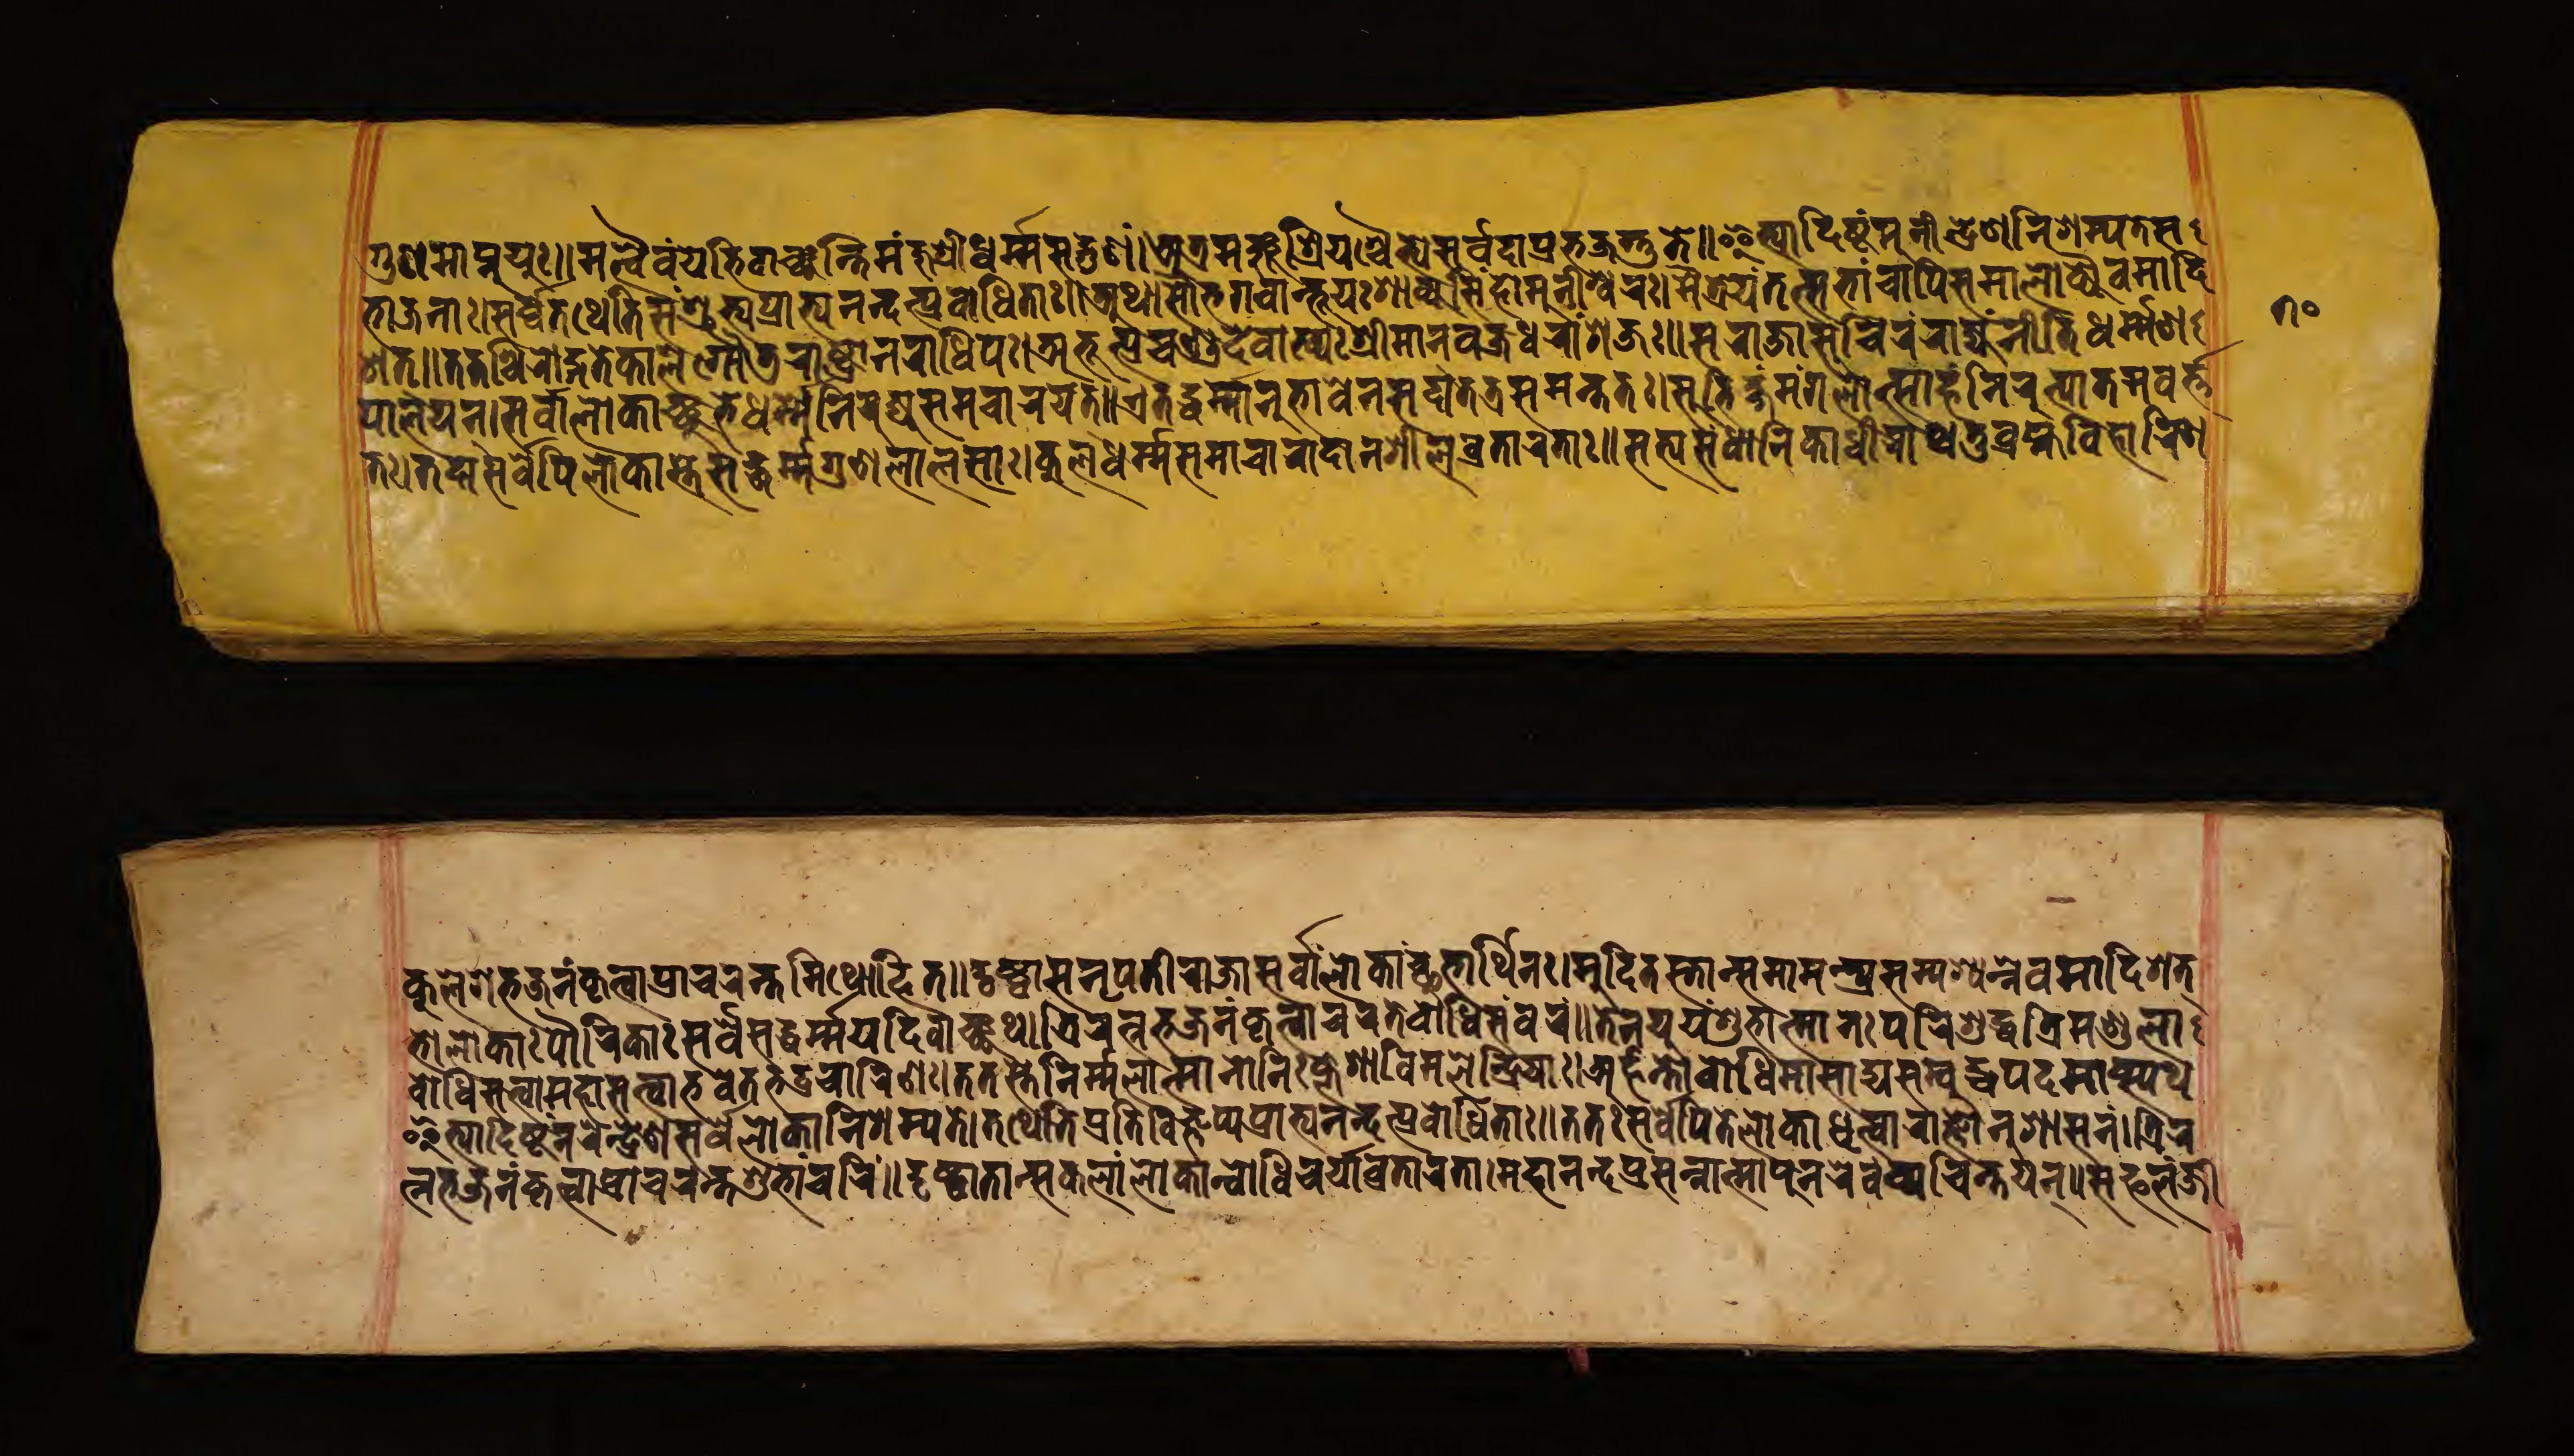
𑐨𑐵𑐖𑐣𑐵𑑅𑑋𑐳𑐬𑑂𑐰𑐾𑐟𑐠𑐾𑐟𑐶𑐱𑑂𑐬𑐸𑐟𑑂𑐰𑐥𑑂𑐬𑐵𑐟𑑂𑐫𑐣𑐣𑑂𑐡𑐟𑑂𑐥𑑂𑐬𑐰𑑀𑐢𑐶𑐟𑐵𑑅𑑌𑐀𑐠𑐵𑐳𑑁𑐨𑐐𑐰𑐵𑐣𑑂𑐨𑐹𑐫𑑅𑐱𑐵𑐎𑑂𑐫𑐳𑐶𑑄𑐴𑑀𑐩𑐸𑐣𑐷𑐱𑑂𑐰𑐬𑑅𑑋𑐩𑐿𑐟𑑂𑐬𑐾𑐫𑐳𑑂𑐟𑑄𑐳𑐨𑐵𑑄𑐔𑐵𑐥𑐶𑐳𑐩𑐵𑐮𑑀𑐎𑑂𑐫𑐿𑐰𑐩𑐵𑐡𑐶 𑐱𑐟𑑂𑑌𑐟𑐟𑐱𑑂𑐔𑐶𑐬𑐵𑐒𑑂𑐐𑐟𑐾𑐎𑐵𑐮𑐾𑐐𑑁𑐜𑐬𑐵𑐲𑑂𑐚𑑂𑐬𑐾𑐣𑐬𑐵𑐢𑐶𑐥𑑅𑑋𑐀𑐨𑐹𑐟𑑂𑐥𑑂𑐬𑐔𑐞𑑂𑐜𑐡𑐾𑐰𑐵𑐏𑑂𑐫𑑅𑐱𑑂𑐬𑐷𑐩𑐵𑐣𑑂𑐰𑐖𑑂𑐬𑐢𑐬𑐵𑑄𑐱𑐖𑑅𑑌𑐳𑐬𑐵𑐖𑐵𑐳𑐸𑐔𑐶𑐬𑑄𑐬𑐵𑐖𑑂𑐫𑑄𑐣𑐷𑐟𑐶𑐢𑐬𑑂𑐩𑑂𑐩𑐾𑐞 𑐥𑐵𑐮𑐫𑐣𑑂𑑋𑐳𑐬𑑂𑐰𑐵𑐮𑑂𑐮𑑀𑐎𑐵𑐘𑑂𑐕𑐸𑐨𑐾𑐢𑐬𑑂𑐩𑐾𑐣𑐶𑐫𑐸𑐖𑑂𑐫𑐳𑐩𑐔𑐵𑐬𑐫𑐟𑑂𑑌𑐊𑐟𑐡𑑂𑐢𑐬𑑂𑐩𑑂𑐩𑐵𑐣𑐸𑐨𑐵𑐰𑐾𑐣𑐳𑐡𑐵𑐟𑐟𑑂𑐬𑐳𑐩𑐣𑑂𑐟𑐟𑑅𑑋𑐳𑐸𑐨𑐶𑐎𑑂𑐲𑑄𑐩𑑄𑐐𑐮𑑀𑐟𑑂𑐳𑐵𑐴𑑄𑐣𑐶𑐬𑐸𑐟𑑂𑐥𑐵𑐟𑐣𑐰𑐬𑑂𑐎𑑂𑐟 𑐟𑑋𑐟𑐡𑐵𑐳𑐬𑑂𑐰𑐾𑐥𑐶𑐟𑐾𑐮𑑀𑐎𑐵𑑅𑐳𑐡𑑂𑐢𑐬𑑂𑐩𑐐𑐸𑐞𑐮𑐵𑐮𑐳𑐵𑑅𑑋𑐎𑐸𑐮𑐢𑐬𑑂𑐩𑐳𑐩𑐵𑐔𑐵𑐬𑐵𑐡𑐵𑐣𑐱𑐷𑐮𑐰𑑂𑐬𑐟𑐵𑐬𑐟𑐵𑑅𑑌𑐳𑐟𑑂𑐫𑐳𑑄𑐑𑐵𑐣𑐶𑐎𑐵𑐢𑐷𑐬𑐵𑐱𑑂𑐔𑐟𑐸𑐬𑑂𑐧𑑂𑐬𑐴𑑂𑐩𑐰𑐶𑐴𑐵𑐬𑐶𑐞 𑐎𑐸𑐮𑐾𑐱𑐨𑐖𑐣𑑄𑐎𑐺𑐟𑑂𑐰𑐵𑐥𑑂𑐬𑐵𑐔𑐬𑐣𑑂𑐟𑐩𑐶𑐠𑑀𑐴𑐶𑐟𑑌𑐡𑐺𑐲𑑂𑐚𑑂𑐰𑐵𑐳𑐣𑐺𑐥𑐟𑐷𑐬𑐵𑐖𑐵𑐳𑐬𑑂𑐰𑐵𑐮𑑂𑐮𑑀𑐎𑐵𑐘𑑂𑐕𑐸𑐨𑐵𑐬𑑂𑐠𑐶𑐣𑑅𑑋𑐩𑐸𑐡𑐶𑐟𑐳𑑂𑐟𑐵𑐣𑑂𑐳𑐩𑐵𑐩𑐣𑑂𑐟𑑂𑐬𑐫𑐳𑐩𑑂𑐥𑐱𑑂𑐫𑐣𑑂𑐣𑐾𑐰𑐩𑐵𑐡𑐶𑐱𑐟𑑂 𑐨𑑀𑐮𑑀𑐎𑐵𑑅𑐥𑑁𑐬𑐶𑐎𑐵𑑅𑐳𑐬𑑂𑐰𑐾𑐳𑐡𑑂𑐢𑐬𑑂𑐩𑐫𑐡𑐶𑐰𑐵𑐘𑑂𑐕𑐠𑑋𑐟𑑂𑐬𑐶𑐬𑐟𑑂𑐣𑐨𑐖𑐣𑑄𑐎𑐺𑐟𑑂𑐰𑐵𑐔𑐬𑐟𑐧𑑀𑐢𑐶𑐳𑐩𑑂𑐰𑐬𑑄𑑌𑐟𑐾𑐣𑐫𑐹𑐫𑑄𑐱𑐸𑐨𑐵𑐟𑑂𑐩𑐵𑐣𑑅𑐥𑐬𑐶𑐱𑐸𑐡𑑂𑐢𑐟𑑂𑐬𑐶𑐩𑐞𑑂𑐜𑐮𑐵 𑐂𑐟𑑂𑐫𑐵𑐡𑐶𑐲𑑂𑐚𑑄𑐣𑐬𑐾𑐣𑑂𑐡𑑂𑐬𑐾𑐞𑐳𑐬𑑂𑐰𑐾𑐮𑑀𑐎𑐵𑐣𑐶𑐱𑑄𑐩𑑂𑐫𑐟𑐾𑑋𑐟𑐠𑐾𑐟𑐶𑐥𑑂𑐬𑐟𑐶𑐰𑐶𑐖𑑂𑐘𑐥𑑂𑐫𑐥𑑂𑐬𑐵𑐨𑑂𑐫𑐣𑐣𑑂𑐡𑐟𑑂𑐥𑑂𑐬𑐰𑑀𑐢𑐶𑐟𑐵𑑅𑑌𑐟𑐟𑑅𑐳𑐬𑑂𑐰𑐾𑐥𑐶𑐟𑐾𑐮𑑀𑐎𑐵𑐢𑐺𑐟𑑂𑐰𑐵𑐬𑐵𑐖𑑂𑐘𑐵𑐣𑐸𑐱𑐵𑐳𑐣𑑄𑑋𑐟𑑂𑐬𑐶𑐬 𑐐𑐸𑐞𑐩𑐵𑐥𑑂𑐣𑐸𑐫𑐸𑑅𑑌𑐩𑐟𑑂𑐰𑐿𑐰𑑄𑐫𑐾𑐨𑐶𑐰𑐵𑐘𑑂𑐕𑐣𑑂𑐟𑐶𑐩𑐘𑑂𑐖𑐸𑐱𑑂𑐬𑐷𑐢𑐬𑑂𑐩𑑂𑐩𑐳𑐡𑑂𑐐𑐸𑐞𑑄𑑋𑐀𑐟𑑂𑐬𑐩𑐘𑑂𑐖𑐸𑐱𑑂𑐬𑐷𑐫𑐱𑑂𑐔𑐿𑐟𑑂𑐫𑐳𑐬𑑂𑐰𑐡𑐵𑐥𑑂𑐬𑐨𑐖𑐣𑑂𑐟𑐸𑐟𑐾𑑌𑐂𑐟𑑂𑐫𑐵𑐡𑐶𑐲𑑂𑐚𑑄𑐩𑐸𑐣𑐷𑐣𑑂𑐡𑑂𑐬𑐾𑐞𑐣𑐶𑐱𑐩𑑂𑐫𑐟𑐾𑐳 𑐧𑑀𑐢𑐶𑐳𑐟𑑂𑐟𑑂𑐰𑐵𑐩𑐴𑐵𑐳𑐟𑑂𑐟𑑂𑐰𑐵𑐨𑐰𑐟𑐧𑑀𑐢𑐶𑐔𑐵𑐬𑐶𑐞𑑅𑑋𑐟𑐟𑐳𑑂𑐟𑐾𑐣𑐶𑐬𑑂𑐩𑐮𑐵𑐟𑑂𑐩𑐵𑐣𑑀𑐣𑐶𑑅𑐎𑑂𑐮𑐾𑐱𑑀𑐰𑐶𑐩𑐮𑐾𑐣𑑂𑐡𑑂𑐬𑐶𑐫𑐵𑑅𑑋𑐀𑐬𑑂𑐴𑐣𑑂𑐟𑐵𑐧𑑀𑐢𑐶𑐩𑐵𑐳𑐵𑐡𑑂𑐫𑐳𑐩𑑂𑐧𑐸𑐡𑑂𑐢𑐥𑐡𑐩𑐵𑐥𑑂𑐳𑑂𑐫𑐠 𑐟𑑂𑐣𑐨𑐖𑐣𑑄𑐎𑐺𑐟𑑂𑐰𑐵𑐥𑑂𑐬𑐵𑐔𑐬𑐣𑑂𑐟𑐱𑐸𑐨𑐵𑐔𑐬𑐶𑑄𑑌𑐡𑐺𑐲𑑂𑐚𑑂𑐰𑐵𑐟𑐵𑐣𑑂𑐳𑐎𑐮𑐵𑐮𑑂𑐮𑑀𑐎𑐵𑐣𑑂𑐧𑑀𑐢𑐶𑐔𑐬𑑂𑐫𑐵𑐰𑑂𑐬𑐟𑐵𑐬𑐟𑐵𑑋𑐩𑐴𑐵𑐣𑐣𑑂𑐡𑐥𑑂𑐬𑐳𑐣𑑂𑐣𑐵𑐟𑑂𑐩𑐵𑐥𑐸𑐣𑐬𑐾𑐰𑐰𑑂𑐫𑐔𑐶𑐣𑑂𑐟𑐫𑐣𑑂𑑌𑐳𑐦𑐮𑑄𑐖𑐷 undefined𑑗𑑐